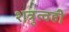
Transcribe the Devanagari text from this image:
शत्रुत्वही